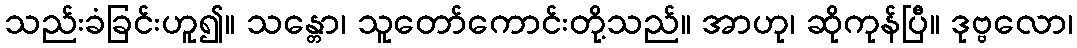
သည်းခံခြင်းဟူ၍။ သန္တော၊ သူတော်ကောင်းတို့သည်။ အာဟု၊ ဆိုကုန်ပြီ။ ဒုဗ္ဗလော၊